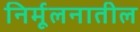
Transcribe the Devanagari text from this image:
निर्मूलनातील